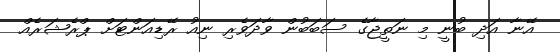
އޭނާ އަދި ބުނީ މި ނަތީޖާގެ ސަބަބުން ވާދަވެރި ނިއު ރޭޑިއަންޓަށް ޕްރެޝަރެއް